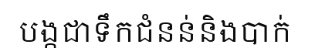
បង្កជាទឹកជំនន់និងបាក់